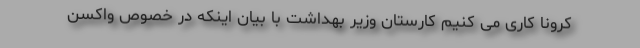
کرونا کاری می کنیم کارستان وزیر بهداشت با بیان اینکه در خصوص واکسن